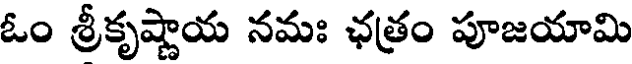
ఓం శ్రీకృష్ణాయ నమః ఛత్రం పూజయామి